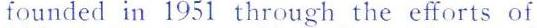
founded in 1951 through the efforts of